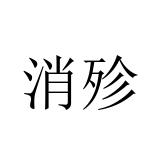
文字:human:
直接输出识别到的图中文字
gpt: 消殄